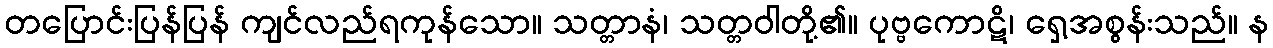
တပြောင်းပြန်ပြန် ကျင်လည်ရကုန်သော။ သတ္တာနံ၊ သတ္တဝါတို့၏။ ပုဗ္ဗကောဋိ၊ ရှေ့အစွန်းသည်။ န